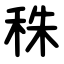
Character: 秼